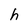
Character: h